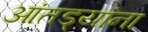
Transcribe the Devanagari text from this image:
आंतड्यांना